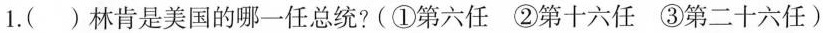
1.()林肯是美国的哪一任总统?(①第六任②第十六任③第二十六任)